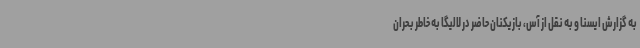
به گزارش ایسنا و به نقل از آس، بازیکنان حاضر در لالیگا به خاطر بحران